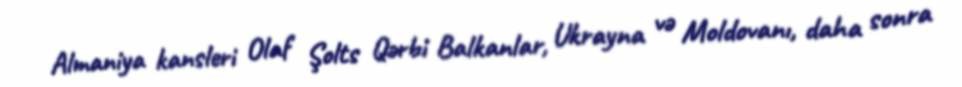
Almaniya kansleri Olaf Şolts Qərbi Balkanlar, Ukrayna və Moldovanı, daha sonra